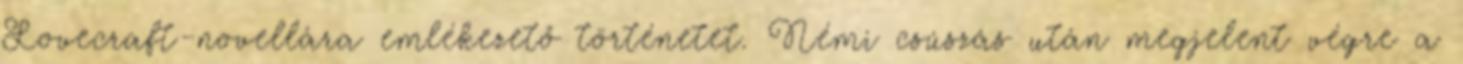
Lovecraft-novellára emlékezető történetet. Némi csúszás után megjelent végre a